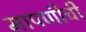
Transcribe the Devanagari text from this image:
मापणीची